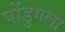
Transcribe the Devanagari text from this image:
पोंडुगला